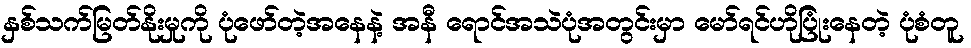
နှစ်သက်မြတ်နိုးမှုကို ပုံဖော်တဲ့အနေနဲ့ အနီ ရောင်အသဲပုံအတွင်းမှာ မော်ရင်ဟိုပြုံးနေတဲ့ ပုံစံတူ